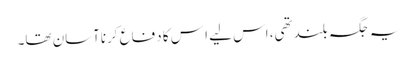
یہ جگہ بلندتھی، اس لیے ا س کا دفاع کرناآسان تھا۔